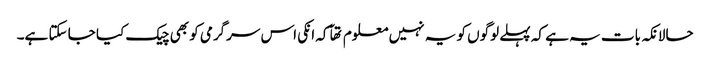
حالانکہ بات یہ ہے کہ پہلے لوگوں کو یہ نہیں معلوم تھآ کہ انکی اس سرگرمی کو بھی چیک کیا جا سکتا ہے۔